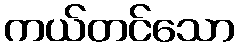
ကယ်တင်သော